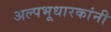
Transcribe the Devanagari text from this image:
अल्पभूधारकांनी